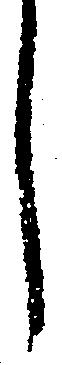
し